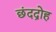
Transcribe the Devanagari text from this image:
छंदद्रोह